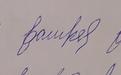
Signature authenticity: forged